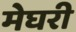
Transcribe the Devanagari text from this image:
मेघरी